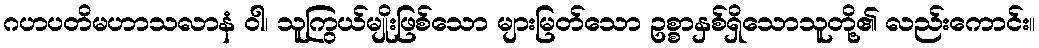
ဂဟပတိမဟာသလာနံ ဝါ၊ သူကြွယ်မျိုးဖြစ်သော များမြတ်သော ဥစ္စာနှစ်ရှိသောသူတို့၏ လည်းကောင်း။